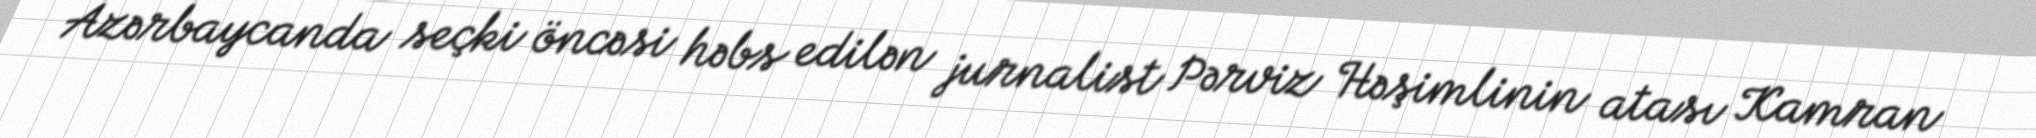
Azərbaycanda seçki öncəsi həbs edilən jurnalist Pərviz Həşimlinin atası Kamran